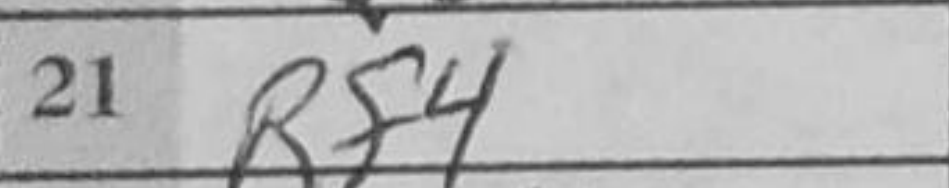
Transcription: Rf4